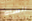
انساه